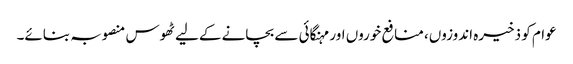
عوام کو ذخیرہ اندوزوں، منافع خوروں اور مہنگائی سے بچانے کےلیے ٹھوس منصوبہ بنائے۔